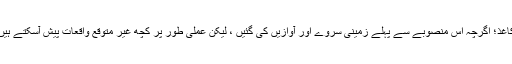
کاغذ؛ اگرچہ اس منصوبے سے پہلے زمینی سروے اور آوازیں کی گئیں ، لیکن عملی طور پر کچھ غیر متوقع واقعات پیش آسکتے ہیں۔